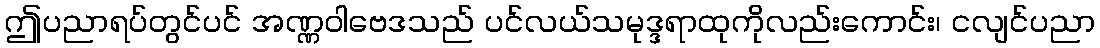
ဤပညာရပ်တွင်ပင် အဏ္ဏဝါဗေဒသည် ပင်လယ်သမုဒ္ဒရာထုကိုလည်းကောင်း၊ ငလျင်ပညာ